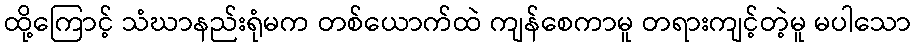
ထို့ကြောင့် သံဃာနည်းရုံမက တစ်ယောက်ထဲ ကျန်စေကာမူ တရားကျင့်တဲ့မူ မပါသော